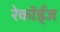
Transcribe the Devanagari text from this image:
रेकॉर्ड्‌ज